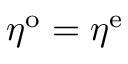
\eta ^ { \mathrm { o } } = \eta ^ { \mathrm { e } }